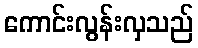
ကောင်းလွန်းလှသည်